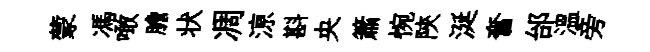
蒙馮噉膽状凋鿌斟央簫惋陝涎奮邰溫旁